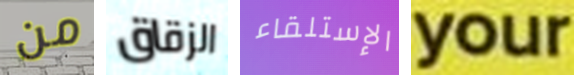
من الزقاق الإستلقاء your